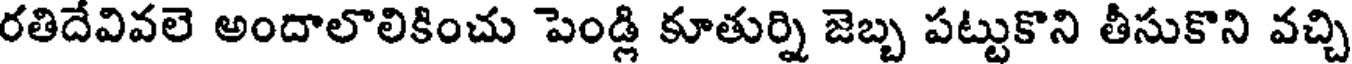
రతిదేవివలె అందాలొలికించు పెండ్లి కూతుర్ని జెబ్బ పట్టుకొని తీసుకొని వచ్చి